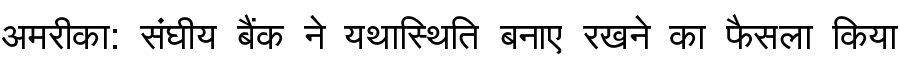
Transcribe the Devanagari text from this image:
अमरीका: संघीय बैंक ने यथास्थिति बनाए रखने का फैसला किया